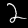
Digit: 2